Civil Veterinary Dept. Bombay admin report 1923-31 - 1923-1931
Year: 1923
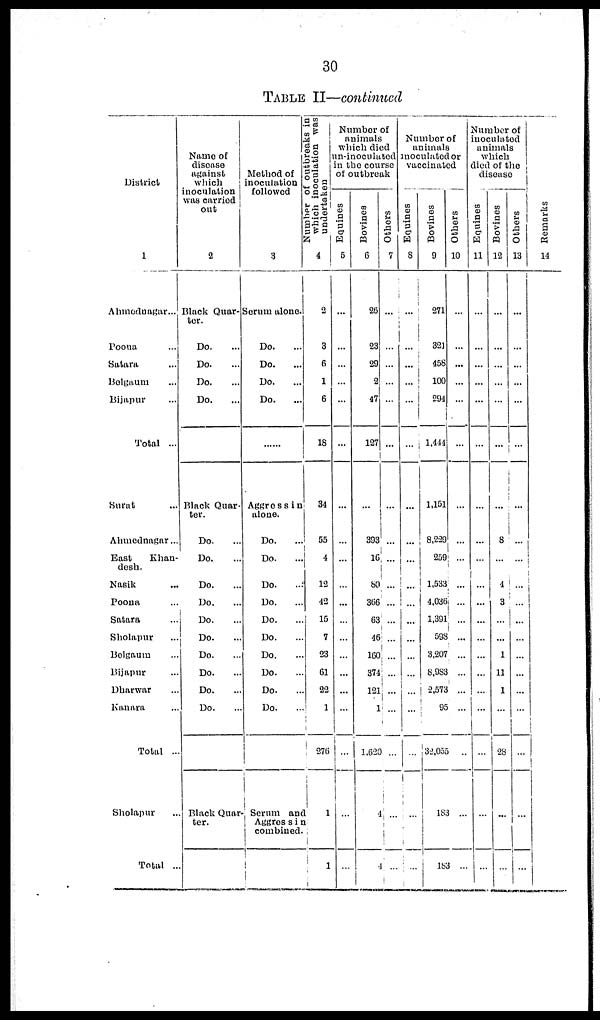
30
TABLE II—continued
District
1
Ahmednagar ...
Poona ...
Satara ...
Belgaum ...
Bijapur ...
Total ...
Surat ...
Ahmednagar ...
East
Khan-
desh.
Nasik ...
Poona ...
Satara ...
Sholapur ...
Belgaum ...
Bijapur ...
Dharwar ...
Kanara ...
Total ...
Sholapur ...
Total ...
Name of
disease
against
which
inoculation
was carried
out
2
Black Quar-
ter.
Do....
Do....
Do....
Do....
Black Quar-
ter.
Do....
Do....
Do....
Do....
Do....
Do....
Do....
Do....
Do....
Do....
Black Quar
ter.
Method of
inoculation
followed
3
Serum alone.
Do....
Do....
Do....
Do....
Aggress in
alone.
Do....
Do....
Do....
Do....
Do....
Do....
Do....
Do....
Do....
Do....
Serum and
Aggress in
combined.
Number of outbreaks in
which inoculation was
undertaken
4
2
3
6
1
6
18
34
55
4
12
42
15
7
23
61
22
276
1
1
Number of
animals
which died
in-inoculated
in the course
of outbreak
Equines
5
...
...
...
...
...
...
...
...
...
...
...
...
...
...
...
...
...
...
...
Bovines
6
26
23
29
2
47
127
...
393
16
80
366
63
46
160
374
121
1
1,620
4
Others
7
...
...
...
...
...
...
...
...
...
...
...
...
...
...
...
...
...
...
Number of
animals
inoculated or
vaccinated
Equines
8
...
...
...
...
...
...
...
...
...
...
...
...
...
...
...
...
...
...
Bovines
9
271
321
458
100
294
1,414
1,151
8,229
259
1,533
4,036
1,391
596
3,207
8,983
2,573
95
32,0555
18
183
Others
10
...
...
...
...
...
...
...
...
...
...
...
...
...
...
...
...
...
...
...
...
Number of
inoculated
animals
which
died of the
disease
Equines
11
...
...
...
...
...
...
...
...
...
...
...
...
...
...
...
...
...
...
...
...
Bovines
12
...
...
...
...
...
...
...
8
...
4
3
...
...
1
11
1
...
28
...
...
Others
13
...
...
...
...
...
...
...
...
...
...
...
...
...
...
...
...
...
...
...
...
Remarks
14